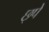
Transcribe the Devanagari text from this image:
छ्पे